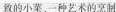
致的小菜一种艺术的烹制